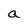
Character: a